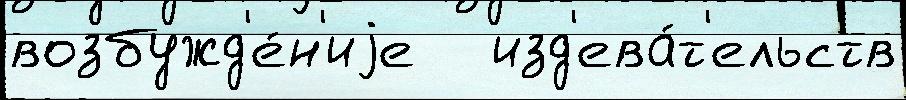
возбужд'е́н'иjе   изд'ева́т'ельств